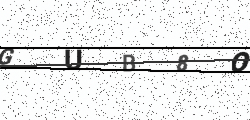
Text: GUB8O